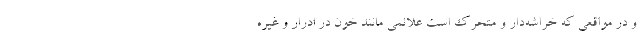
و در مواقعی که خراشه‌دار و متحرک است علائمی مانند خون در ادرار و غیره